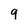
Character: 9